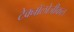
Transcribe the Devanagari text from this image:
टेक्नॉलोजीकल